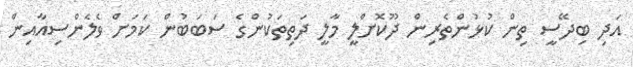
އަދި ބިދޭސީ ތިން ކުޅުންތެރިން ދޫކޮށްލީ މާލީ ދަތިތަކުންގެ ސަބަބުން ކަމަށް ވެލެންސިއާއިން